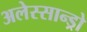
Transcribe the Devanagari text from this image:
अलेस्सान्ड्रो